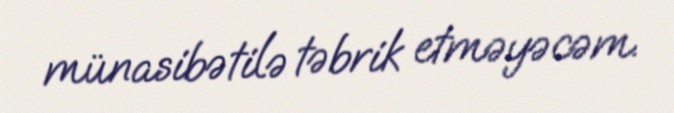
münasibətilə təbrik etməyəcəm.